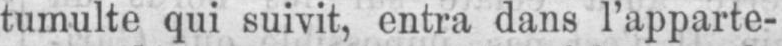
tumulte qui suivit, entra dans l’apparte-